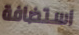
استضافة